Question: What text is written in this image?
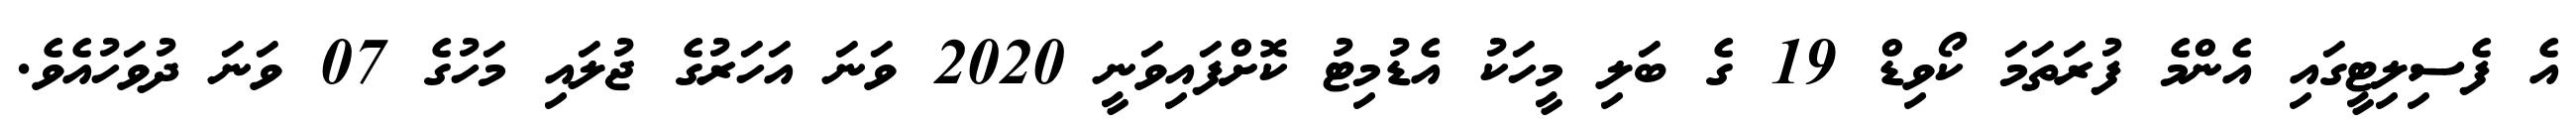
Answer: އެ ފެސިލިޓީގައި އެންމެ ފުރަތަމަ ކޯވިޑް 19 ގެ ބަލި މީހަކު އެޑުމިޓު ކޮށްފައިވަނީ 2020 ވަނަ އަހަރުގެ ޖުލައި މަހުގެ 07 ވަނަ ދުވަހުއެވެ.